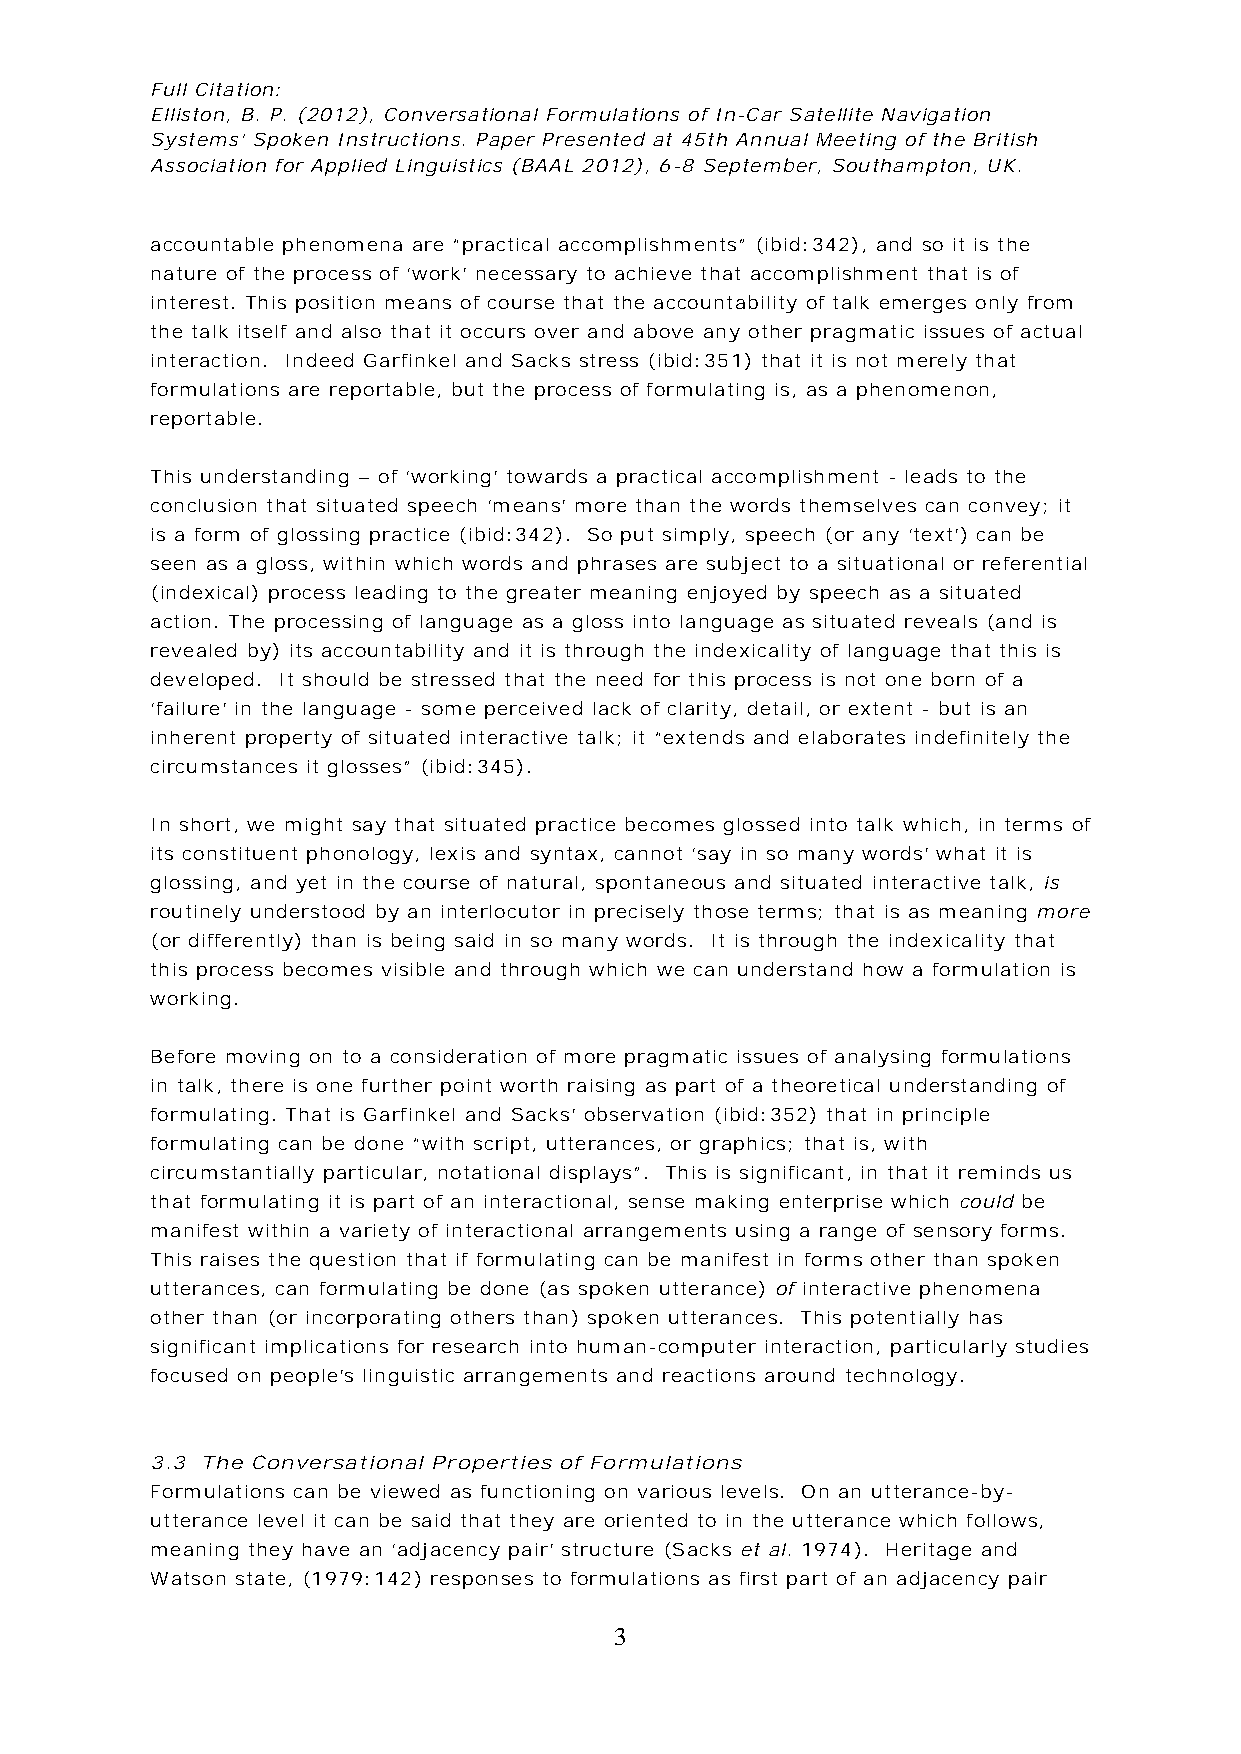
Full Citation:
 Elliston, B. P. (2012), Conversational Formulations of In-Car Satellite Navigation
 Systems’ Spoken Instructions. Paper Presented at 45th Annual Meeting of the British
 Association for Applied Linguistics (BAAL 2012), 6-8 September, Southampton, UK.
 accountable phenomena are “practical accomplishments” (ibid:342), and so it is the
 nature of the process of ‘work’ necessary to achieve that accomplishment that is of
 interest. This position means of course that the accountability of talk emerges only from
 the talk itself and also that it occurs over and above any other pragmatic issues of actual
 interaction. Indeed Garfinkel and Sacks stress (ibid:351) that it is not merely that
 formulations are reportable, but the process of formulating is, as a phenomenon,
 reportable.
 This understanding – of ‘working’ towards a practical accomplishment - leads to the
 conclusion that situated speech ‘means’ more than the words themselves can convey; it
 is a form of glossing practice (ibid:342). So put simply, speech (or any ‘text’) can be
 seen as a gloss, within which words and phrases are subject to a situational or referential
 (indexical) process leading to the greater meaning enjoyed by speech as a situated
 action. The processing of language as a gloss into language as situated reveals (and is
 revealed by) its accountability and it is through the indexicality of language that this is
 developed. It should be stressed that the need for this process is not one born of a
 ‘failure’ in the language - some perceived lack of clarity, detail, or extent - but is an
 inherent property of situated interactive talk; it “extends and elaborates indefinitely the
 circumstances it glosses” (ibid:345).
 In short, we might say that situated practice becomes glossed into talk which, in terms of
 its constituent phonology, lexis and syntax, cannot ‘say in so many words’ what it is
 glossing, and yet in the course of natural, spontaneous and situated interactive talk, is
 routinely understood by an interlocutor in precisely those terms; that is as meaning more
 (or differently) than is being said in so many words. It is through the indexicality that
 this process becomes visible and through which we can understand how a formulation is
 working.
 Before moving on to a consideration of more pragmatic issues of analysing formulations
 in talk, there is one further point worth raising as part of a theoretical understanding of
 formulating. That is Garfinkel and Sacks’ observation (ibid:352) that in principle
 formulating can be done “with script, utterances, or graphics; that is, with
 circumstantially particular, notational displays”. This is significant, in that it reminds us
 that formulating it is part of an interactional, sense making enterprise which could be
 manifest within a variety of interactional arrangements using a range of sensory forms.
 This raises the question that if formulating can be manifest in forms other than spoken
 utterances, can formulating be done (as spoken utterance) of interactive phenomena
 other than (or incorporating others than) spoken utterances. This potentially has
 significant implications for research into human-computer interaction, particularly studies
 focused on people’s linguistic arrangements and reactions around technology.
 3.3 The Conversational Properties of Formulations
 Formulations can be viewed as functioning on various levels. On an utterance-by-
 utterance level it can be said that they are oriented to in the utterance which follows,
 meaning they have an ‘adjacency pair’ structure (Sacks et al. 1974). Heritage and
 Watson state, (1979:142) responses to formulations as first part of an adjacency pair
 3